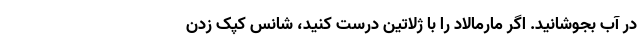
در آب بجوشانید. اگر مارمالاد را با ژلاتین درست کنید، شانس کپک زدن